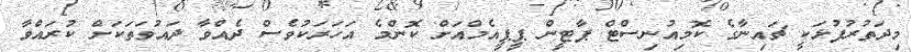
މިދަތުރުފުޅަކީ ޗައިނާގެ ކޮމިއުނިސްޓް ޕާޓީން ޕީޕީއެމްއަށް ކޮންމެ އަހަރަކުވެސް ދެއްވާ ދައުވަތަކަށް ކުރައްވާ